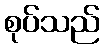
စုပ်သည်